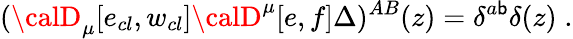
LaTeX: ({\calD}_{\mu}[e_{cl},w_{cl}]{\calD}^{\mu}[e,f]\Delta)^{AB}(z)=\delta^{a\mathsf{b}}\delta(z)\; .